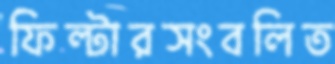
ফিল্টারসংবলিত